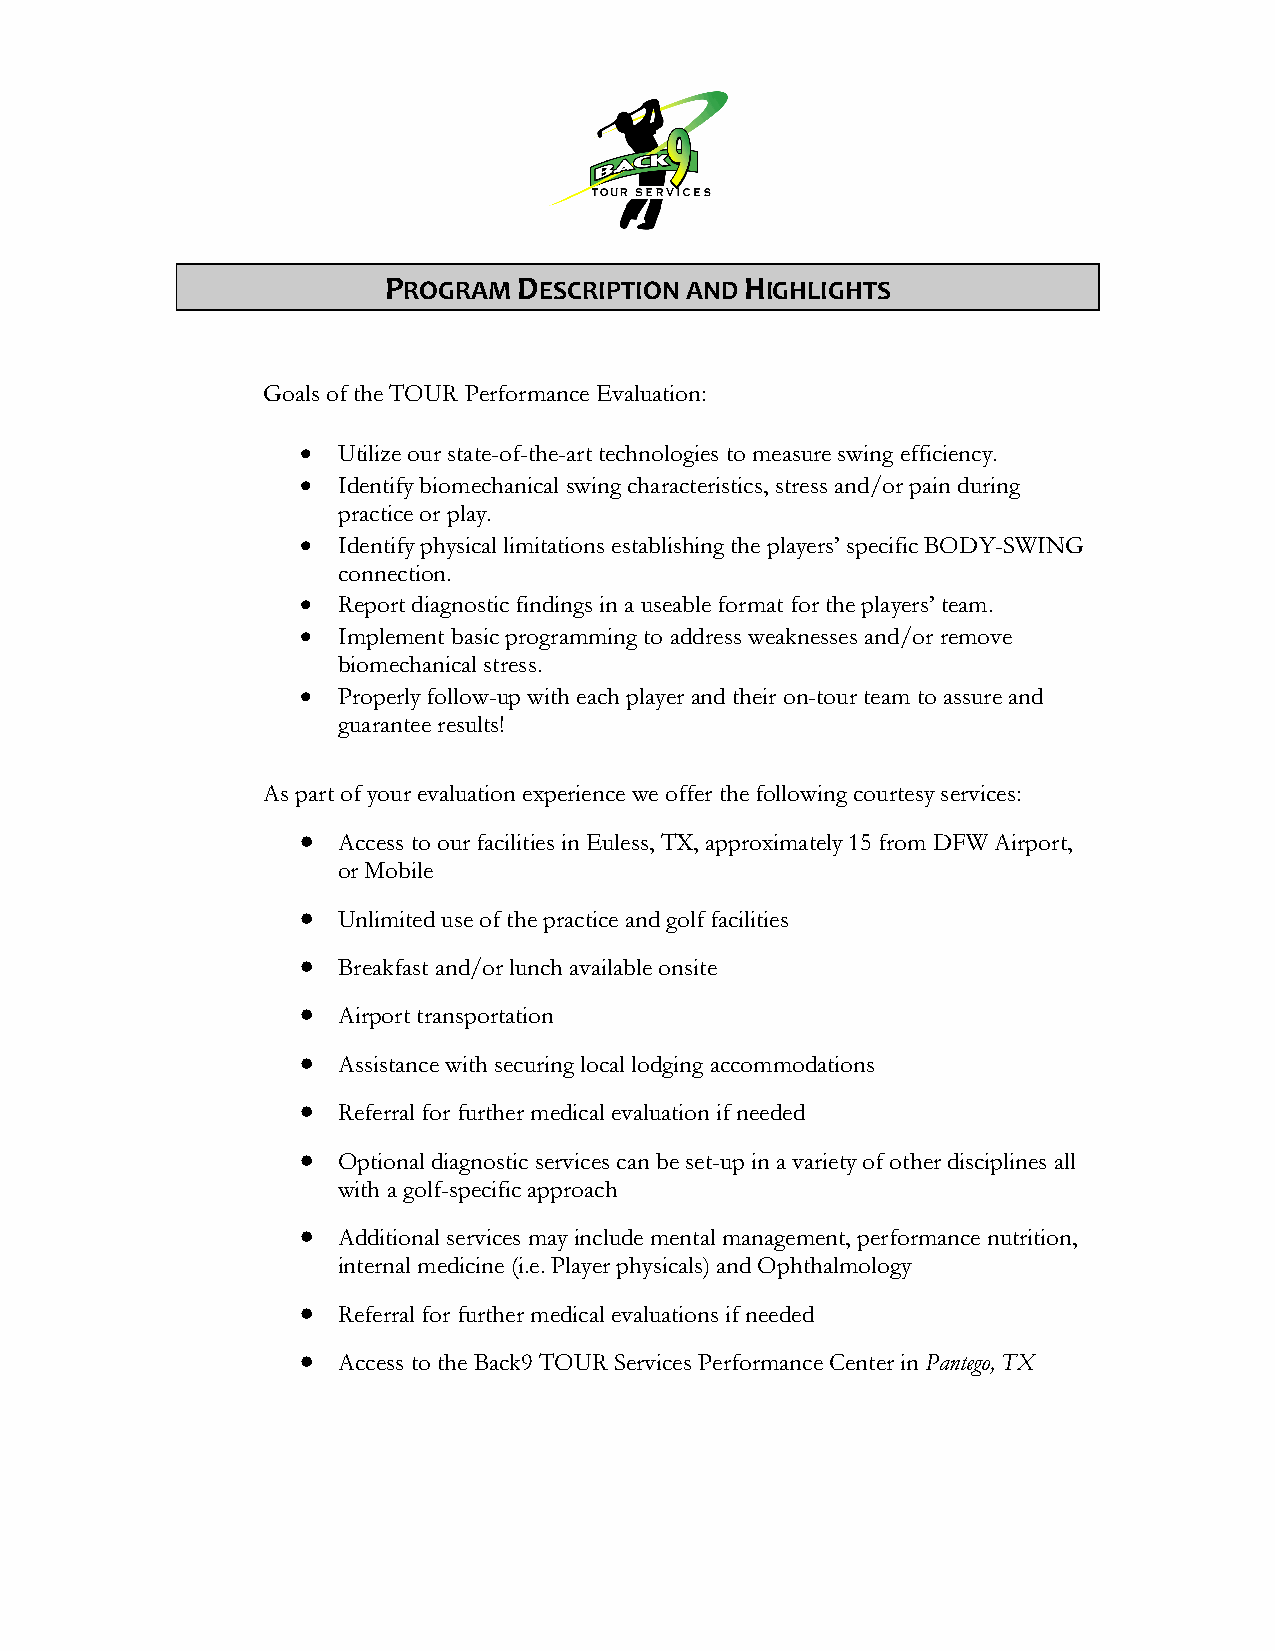
PROGRAM  DESCRIPTION AND HIGHLIGHTS
 Goals of the TOUR Performance Evaluation:
 • Utilize our state-of-the-art technologies to measure swing efficiency.
 • Identify biomechanical swing characteristics, stress and/or pain during
 practice or play.
 • Identify physical limitations establishing the players’ specific BODY-SWING
 connection.
 • Report diagnostic findings in a useable format for the players’ team.
 • Implement basic programming to address weaknesses and/or remove
 biomechanical stress.
 • Properly follow-up with each player and their on-tour team to assure and
 guarantee results!
 As part of your evaluation experience we offer the following courtesy services:
 • Access to our facilities in Euless, TX, approximately 15 from DFW Airport,
 or Mobile
 • Unlimited use of the practice and golf facilities
 • Breakfast and/or lunch available onsite
 • Airport transportation
 • Assistance with securing local lodging accommodations
 • Referral for further medical evaluation if needed
 • Optional diagnostic services can be set-up in a variety of other disciplines all
 with a golf-specific approach
 • Additional services may include mental management, performance nutrition,
 internal medicine (i.e. Player physicals) and Ophthalmology
 • Referral for further medical evaluations if needed
 • Access to the Back9 TOUR Services Performance Center in Pantego, TX